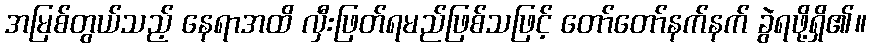
အမြစ်တွယ်သည့် နေရာအထိ လှီးဖြတ်ရမည်ဖြစ်သဖြင့် တော်တော်နက်နက် ခွဲရဖို့ရှိ၏။